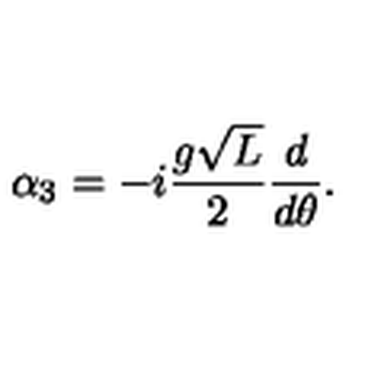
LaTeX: \alpha _ { 3 } = - i { \frac { g \sqrt L } { 2 } } { \frac { d } { d \theta } } .